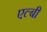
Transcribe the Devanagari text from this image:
एल्बी